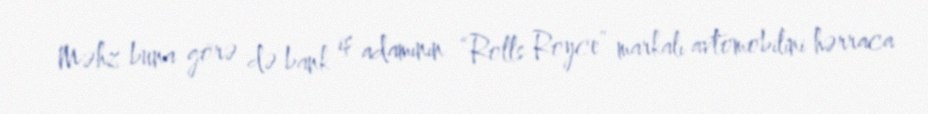
Məhz buna görə də bank iş adamının “Rolls Royce” markalı avtomobilini hərraca